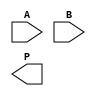
module radix4_wallace_multiplier #(parameter A_WIDTH = 8, B_WIDTH = 8)(
    input [A_WIDTH-1:0] A,
    input [B_WIDTH-1:0] B,
    output reg [A_WIDTH + B_WIDTH - 1:0] P
);

    // Intermediate signals for partial products
    reg [A_WIDTH + B_WIDTH - 1:0] pp [0:(B_WIDTH/2)-1]; // Partial products
    reg [A_WIDTH + B_WIDTH - 1:0] sum, carry;

    // Generate partial products based on B
    integer i;
    always @(*) begin
        for (i = 0; i < B_WIDTH/2; i = i + 1) begin
            case (B[2*i +: 2]) // Select 2 bits from B
                2'b00: pp[i] = 0;
                2'b01: pp[i] = A;
                2'b10: pp[i] = A << 1;
                2'b11: pp[i] = A + (A << 1);
                default: pp[i] = 0;
            endcase
        end
    end

    // Wallace tree reduction using CSAs
    integer j;
    always @(*) begin
        // Initialize sum and carry
        sum = 0;
        carry = 0;

        // Combine partial products using CSAs
        for (j = 0; j < (B_WIDTH/2 + 1)/2; j = j + 1) begin
            if (j < (B_WIDTH/2)/3) begin
                {carry, sum} = pp[3*j] + pp[3*j + 1] + pp[3*j + 2];
            end else if (j < (B_WIDTH/2)/3 + 1) begin
                {carry, sum} = pp[3*j] + pp[3*j + 1];
            end else begin
                sum = pp[3*j];
            end
        end
    end

    // Final addition of sum and carry
    always @(*) begin
        P = sum + carry;
    end

endmodule